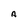
Character: A